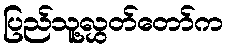
ပြည်သူ့လွှတ်တော်က